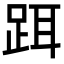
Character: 𬦮